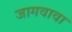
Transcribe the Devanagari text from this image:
जागवावा